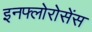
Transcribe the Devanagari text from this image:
इनफ्लोरोसेंस